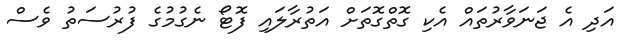
އަދި އެ ޖަނަވާރުތައް އެކި ގޮތްގޮތަށް އަތުރާލައި ފޮޓޯ ނެގުމުގެ ފުރުސަތު ވެސް